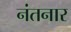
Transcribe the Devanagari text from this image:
नंतनार